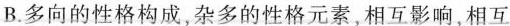
B.多向的性格构成杂多的性格元素,相互影响,相百